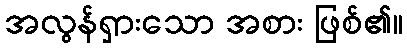
အလွန်ရှားသော အစား ဖြစ်၏။